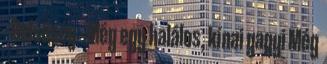
- Belsőség - Még egy halálos, kínai gagyi Még